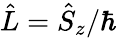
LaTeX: \hat{L}=\hat{S}_{z}/\hbar